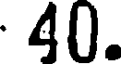
40.